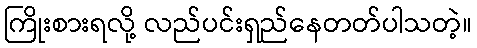
ကြိုးစားရလို့ လည်ပင်းရှည်နေတတ်ပါသတဲ့။